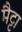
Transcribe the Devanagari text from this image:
मैट्टा